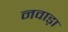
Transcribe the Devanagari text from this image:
नवाड़ा